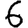
Digit: 6